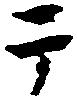
于